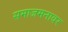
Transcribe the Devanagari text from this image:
समाजमनावर